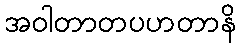
အဝါတာတပဟတာနိ